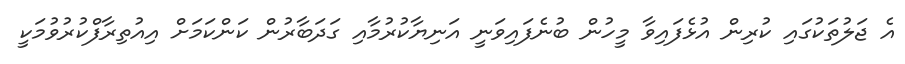
އެ ޖަލުތަކުގައި ކުރިން އުޅެފައިވާ މީހުން ބުނެފައިވަނީ އަނިޔާކުރުމާއި ގަދަބާރުން ކަންކަމަށް އިއުތިރާފްކުރުވުމަކީ